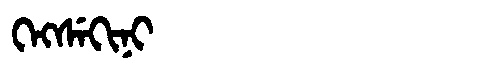
Manchu: ᡴᡝᡴᠰᡝᡴᡳᠨᡳ
Romanization: KEKSEKINI